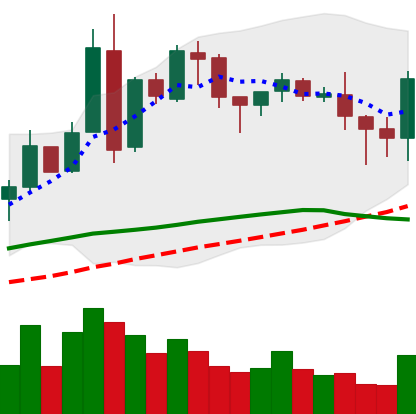
Ticker: BNB-USD
Chart end date: 2018-05-09
Forward return: -12.207%
Label: down_7plus